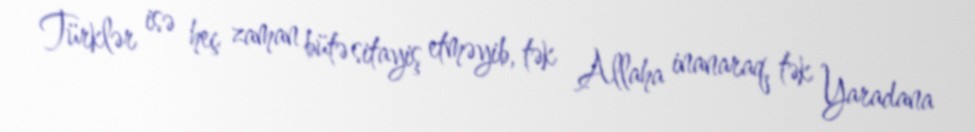
Türklər isə heç zaman bütə sitayiş etməyib, tək Allaha inanaraq, tək Yaradana